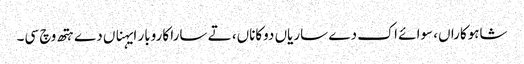
شاہوکاراں، سوائے اک دے ساریاں دوکاناں، تے سارا کاروبار ایہناں دے ہتھ وچ سی۔